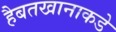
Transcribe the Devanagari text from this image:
हैबतखानाकडे